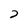
Character: 2